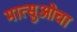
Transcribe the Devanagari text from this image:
मात्सुओचा